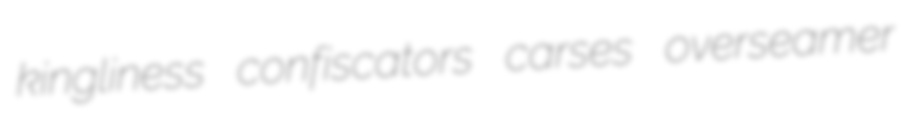
kingliness confiscators carses overseamer